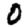
Digit: 0